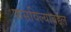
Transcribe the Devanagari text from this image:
फसविल्याबद्दल